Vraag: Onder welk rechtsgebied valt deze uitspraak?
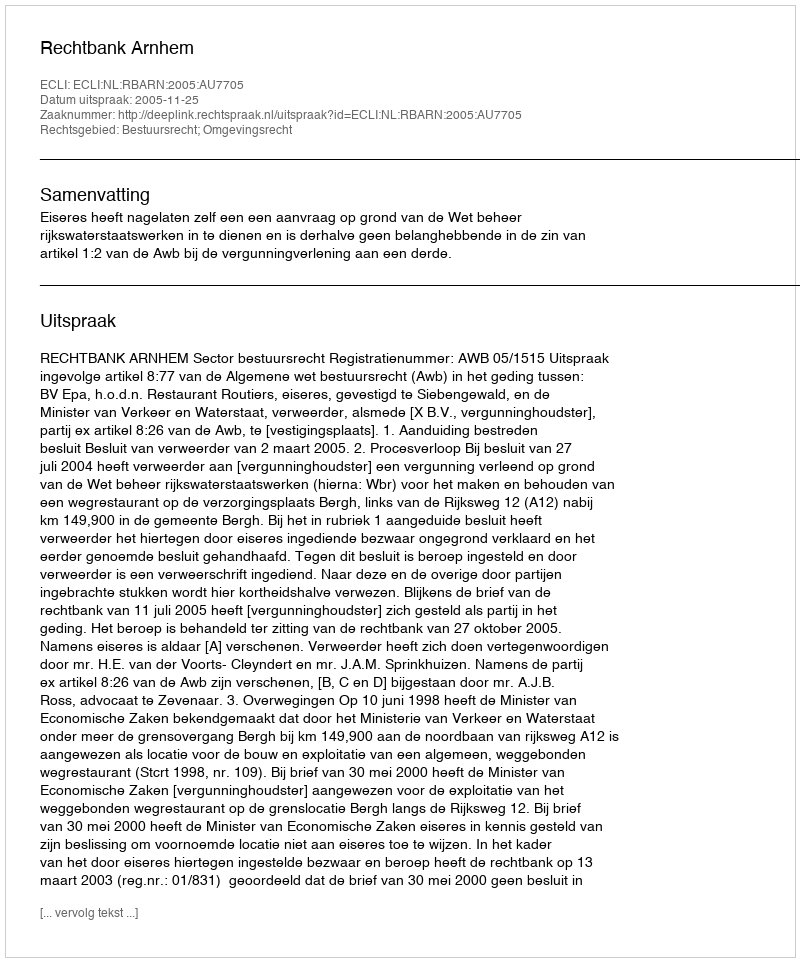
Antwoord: Bestuursrecht; Omgevingsrecht